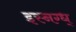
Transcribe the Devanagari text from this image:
इस्नग्ध्